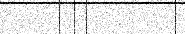
٥١